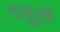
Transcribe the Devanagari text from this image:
तज़ुर्बे